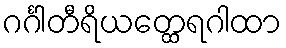
ဂင်္ဂါတီရိယတ္ထေရဂါထာ